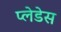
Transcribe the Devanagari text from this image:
प्लेडेस